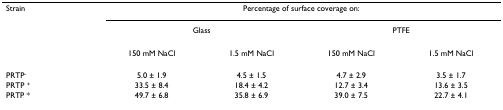
<table><thead><tr><td><b>Strain</b></td><td colspan="4"><b>Percentage of surface coverage on:</b></td></tr><tr><td></td><td colspan="2"><b>Glass</b></td><td colspan="2"><b>PTFE</b></td></tr><tr><td></td><td><b>150 mM NaCl</b></td><td><b>1.5 mM NaCl</b></td><td><b>150 mM NaCl</b></td><td><b>1.5 mM NaCl</b></td></tr></thead><tbody><tr><td>PRTP<sup>-</sup></td><td>5.0 ± 1.9</td><td>4.5 ± 1.5</td><td>4.7 ± 2.9</td><td>3.5 ± 1.7</td></tr><tr><td>PRTP <sup>+</sup></td><td>33.5 ± 8.4</td><td>18.4 ± 4.2</td><td>12.7 ± 3.4</td><td>13.6 ± 3.5</td></tr><tr><td>PRTP *</td><td>49.7 ± 6.8</td><td>35.8 ± 6.9</td><td>39.0 ± 7.5</td><td>22.7 ± 4.1</td></tr></tbody></table>